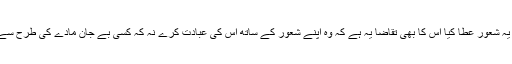
جس خالق نے انسانوں کو یہ شعور عطا کیا اس کا بھی تقاضا یہ ہے کہ وہ اپنے شعور کے ساتھ اس کی عبادت کرے نہ کہ کسی بے جان مادے کی طرح سے یا کسی جانور کی طرح۔